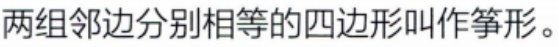
两组邻边分别相等的四边形叫作筝形。